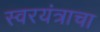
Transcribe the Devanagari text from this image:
स्वरयंत्राचा